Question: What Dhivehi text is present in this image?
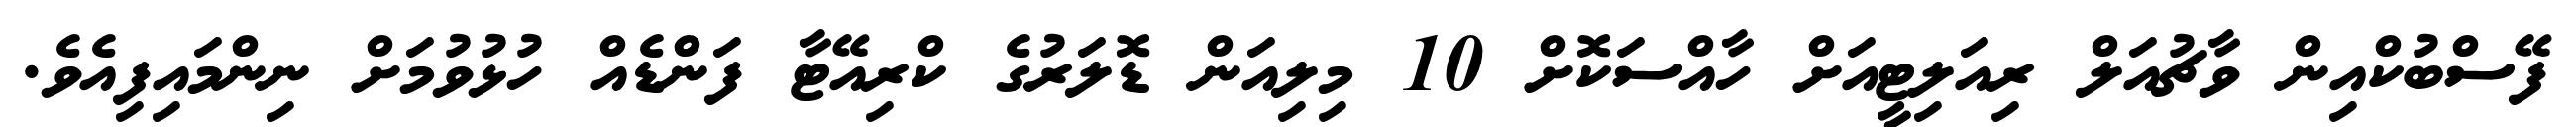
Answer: ފޭސްބުކްއިން ވާޗުއަލް ރިއަލިޓީއަށް ހާއްސަކޮށް 10 މިލިއަން ޑޮލަރުގެ ކްރިއޭޓާ ފަންޑެއް ހުޅުވުމަށް ނިންމައިފިއެވެ.